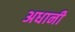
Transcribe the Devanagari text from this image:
अधानी